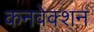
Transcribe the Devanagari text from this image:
कनवेक्शन